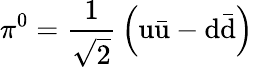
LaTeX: \pi^{0}={\frac{1}{\sqrt{2}}}\left(\mathrm{u{\bar{u}}-d{\bar{d}}}\right)